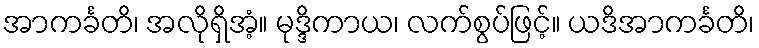
အာကင်္ခတိ၊ အလိုရှိအံ့။ မုဒ္ဒိကာယ၊ လက်စွပ်ဖြင့်။ ယဒိအာကင်္ခတိ၊